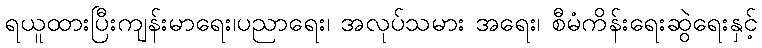
ရယူထားပြီးကျန်းမာရေး၊ပညာရေး၊ အလုပ်သမား အရေး၊ စီမံကိန်းရေးဆွဲရေးနှင့်